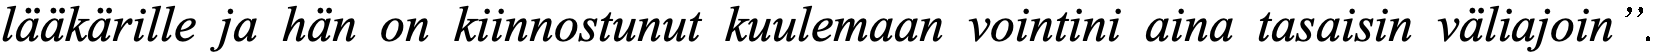
lääkärille ja hän on kiinnostunut kuulemaan vointini aina tasaisin väliajoin”.